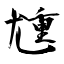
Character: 尰